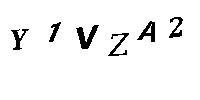
Y1VZA2